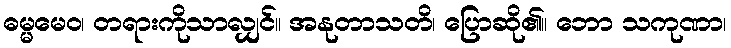
ဓမ္မမေဝ၊ တရားကိုသာလျှင်။ အနုတာသတိ၊ ပြောဆို၏။ ဘော သကုဏာ၊